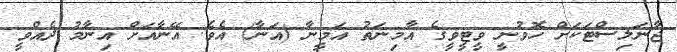
ޖާނަލިސްޓަކަށް ހޮވުނީ ވީޓީވީގެ އާމިނަތު އަމީނާ (އަނާ) އެވެ. އޭނާއަށް އިނާމު ދެއްވީ